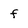
Character: f